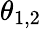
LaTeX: \theta_{1,2}